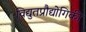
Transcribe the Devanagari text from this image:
विद्युतप्रौद्योगिकी